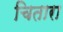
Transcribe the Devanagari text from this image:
चितारा